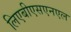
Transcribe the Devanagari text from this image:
लिएबीएसएनएल